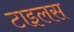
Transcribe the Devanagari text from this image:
टाइलस